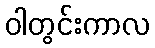
ဝါတွင်းကာလ